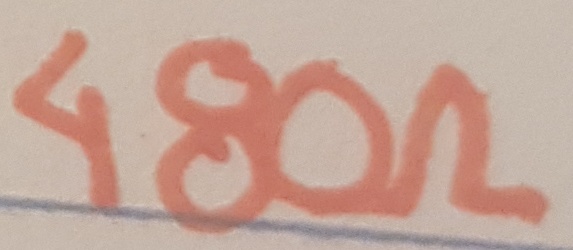
Text: 480Ω